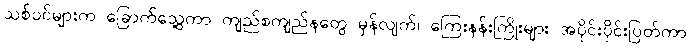
သစ်ပင်များက ခြောက်သွေ့ကာ ကျည်စကျည်နတွေ မှန်လျက်၊ ကြေးနန်းကြိုးများ အပိုင်းပိုင်းပြတ်ကာ